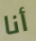
أنا